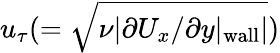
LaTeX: u_{\tau}(=\sqrt{\nu|\partial U_{x}/\partial y|_{\mathrm{wall}}|})